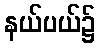
နယ်ပယ်၌